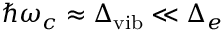
\hbar \omega _ { c } \approx \Delta _ { \mathrm { v i b } } \ll \Delta _ { e }